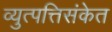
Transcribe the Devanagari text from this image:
व्युत्पत्तिसंकेत